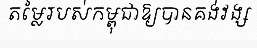
តម្លៃរបស់កម្ពុជាឱ្យបានគង់វង្ស